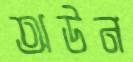
অউন